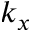
k _ { x }